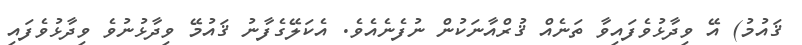
ޤައުމު) އޭ ވިދާޅުވެފައިވާ ތަނެއް ޤުރްއާނަކުން ނުފެނެއެވެ. އެކަލޭގެފާނު ޤައުމޭ ވިދާޅުނުވެ ވިދާޅުވެފައި